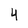
Character: 4